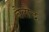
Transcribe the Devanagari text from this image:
बैलौद